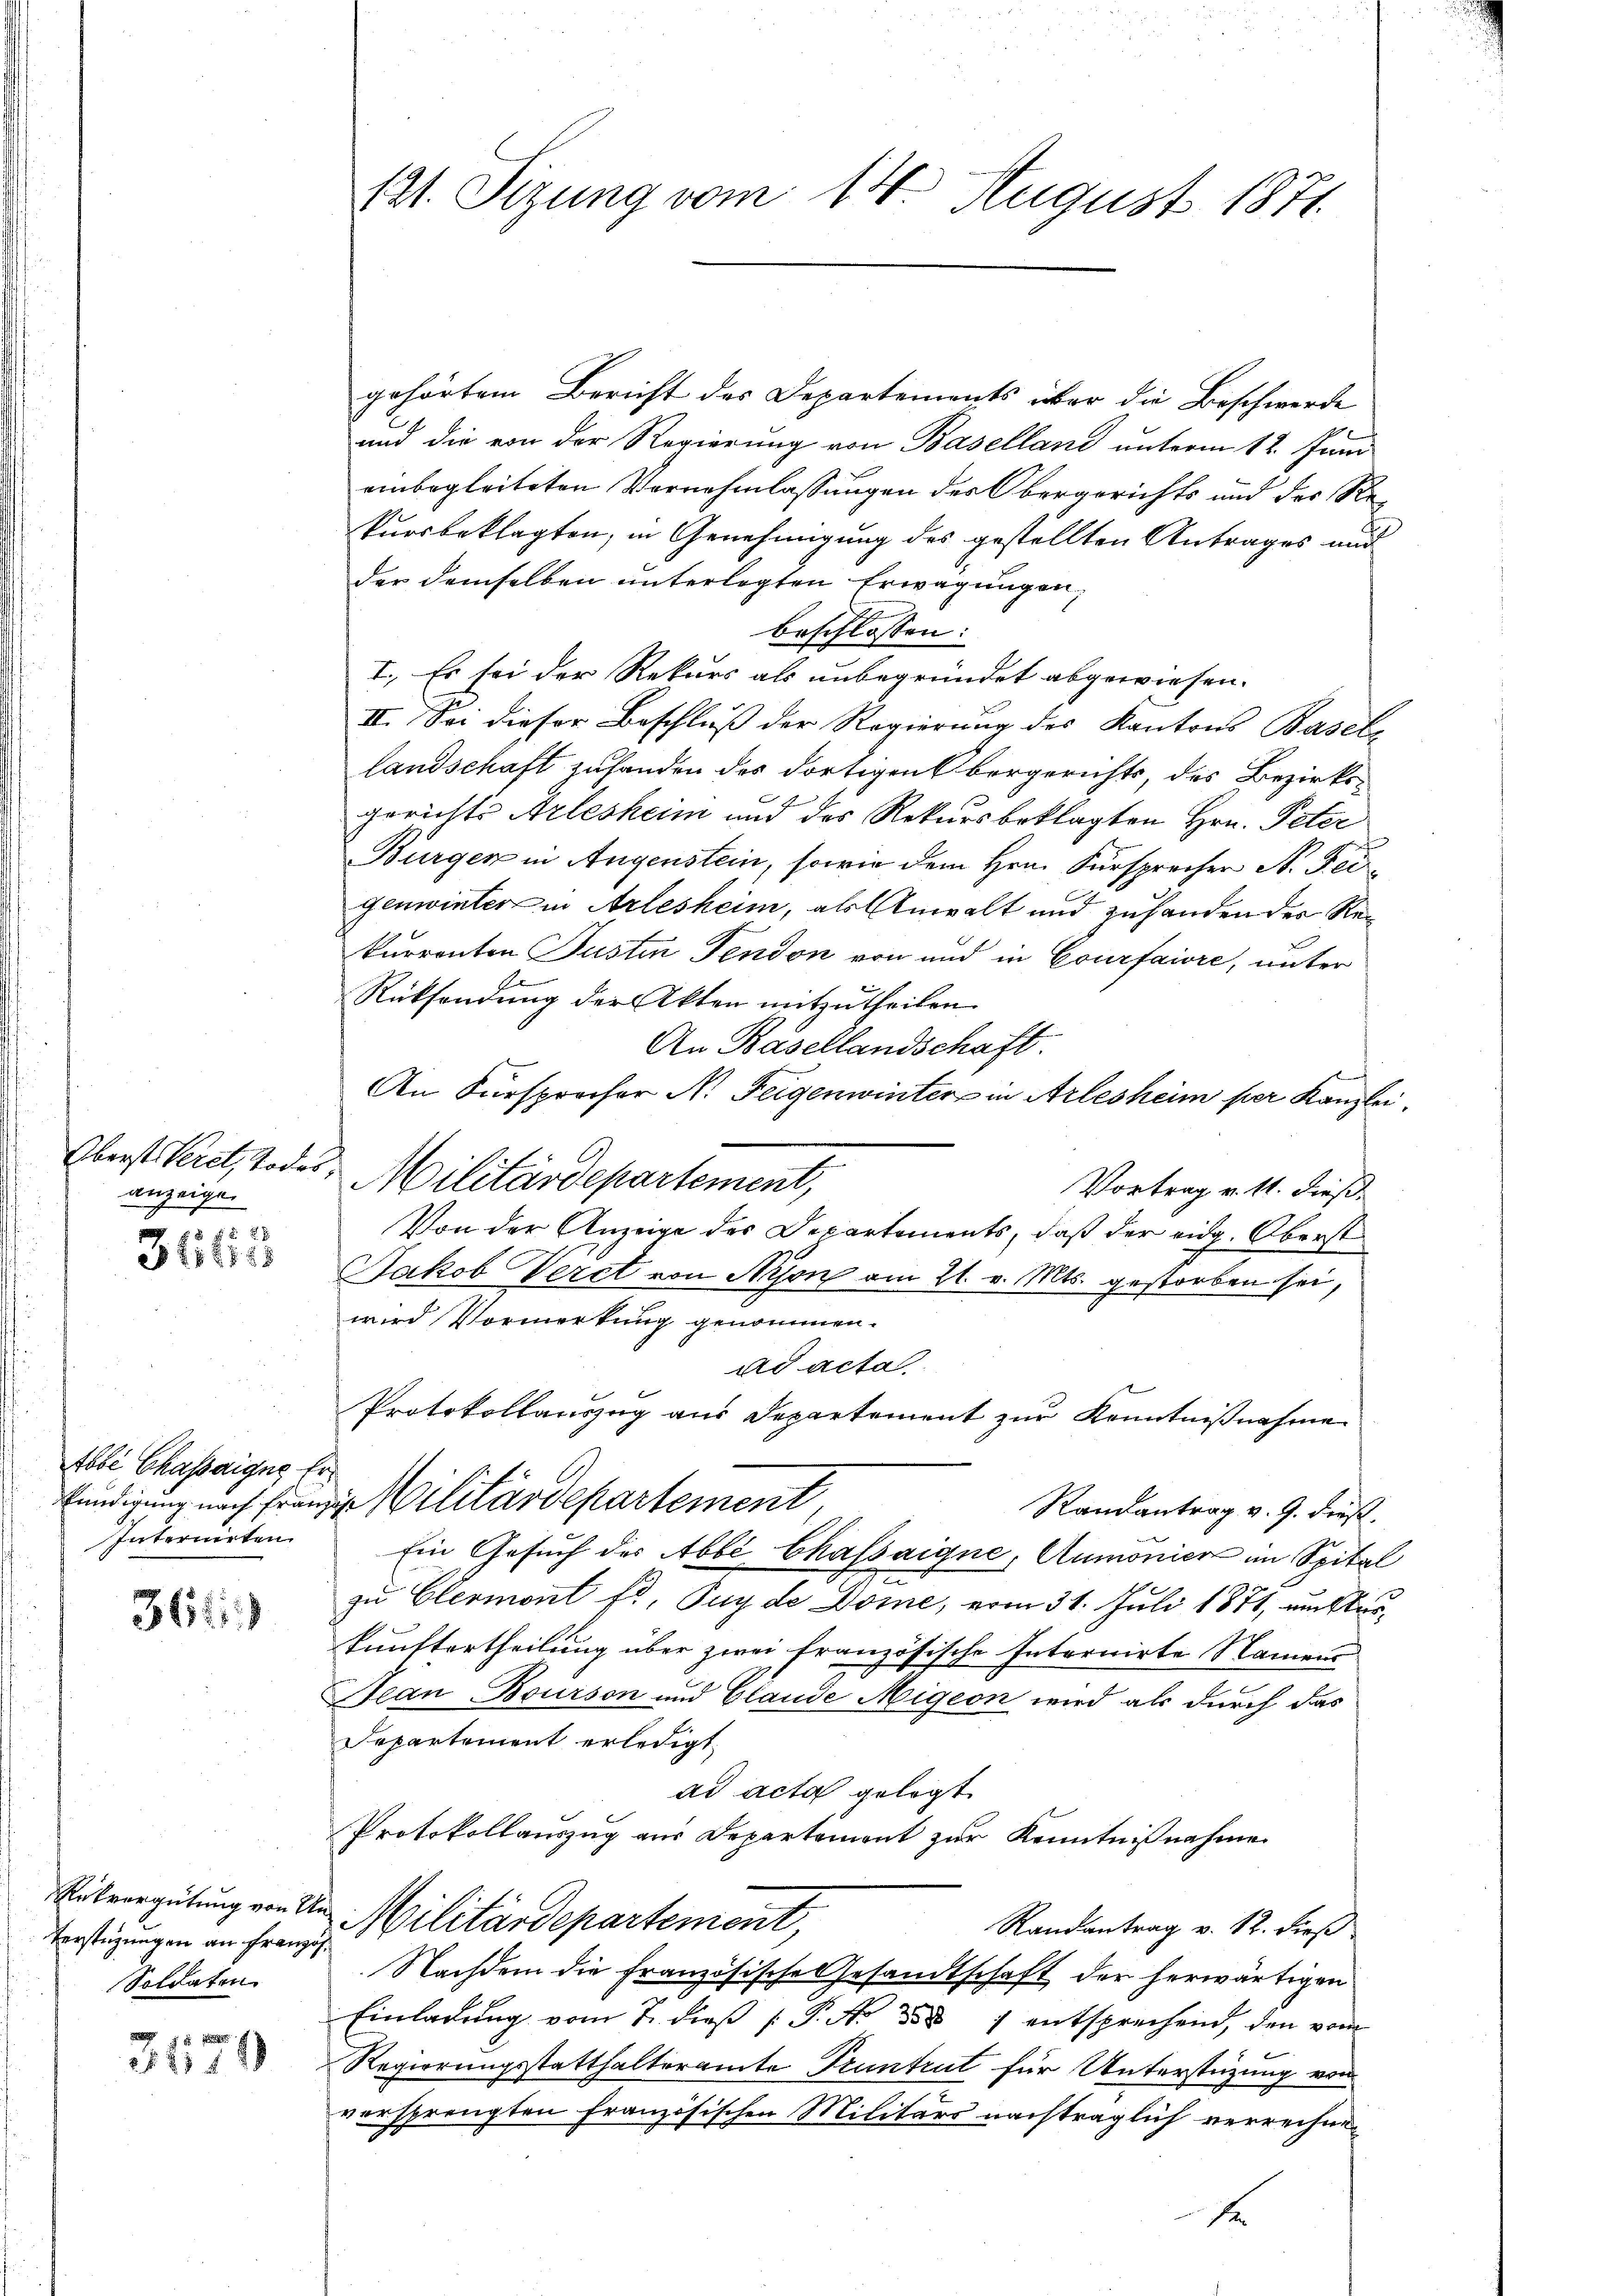
Oberst Veret, Todesanzeige.

312115

Abbe Chassaigne Er
Intermieten

361)

Rükvergütung von Un¬
Verstüzungen an Französ.
Soldaten.

81188

f
t

(1. Sizung vom 14 August 1871.

gehörtem Bericht des Departements über die Beschwerde
und die von der Regierung von Baselland unterm 12. Juni
einbegleiteten Vernehmlassungen des Obergerichts und der Rekursbeklagten, in Genehmigung des gestellten Antrages und
der demselben unterlegten Erwägungen,
beschlossen:
I. Es sei der Rekurs als unbegründet abgewiesen.
III. Sei dieser Beschluss der Regierung des Kantons Basels
landschaft zufanden des dortigen Obergerichts, des Bezirksgerichts Arlesheim und des Rekursbeklagten Hrn. Peter
Bürger in Augenstein, sowie dem Hrn. Fürsprecher A. Feigenwinter in Arlesheim, als Anwalt und zuhanden der Rekurrenten Justin Fendon von und in Courfaire, unter
Rücksendung der Akten mitzutheilen.
An Basellandschaft.
An Fürsprocher N. Feigenwinter in Arlesheim per Kanzlei
Militärdepartement,
Vortrag v. 11. dieß.
Von der Anzeige des Departements, daß der eidg. Oberst
Jakob Veret von Nison am 21. v. Mts. gestorben sei,
wird Vormerkung genommen.
ad acta
Protokollauszug aus Departement zur Kenntnißnahme
fündigung nach franzig Militärdepartement
Randantrag v. J. dieß.
Ein Gesuch des Abbe Chassaigne, Aumonier im Spital
zu Clermont fr, Puy de Dome, vom 31. Juli 1871, am kurkunftertheilung über zwei französische Internirte Namens
Jean Bourson und Glande Migion wird als durch das
Departement erledigt.
ad acta gelegt
Protokollauszug aus Departemont zur Kenntnißnahme
Militärdepartement,
Randantrag v. 12. dieß
Nachdem die französische Gesandtschaft der herwärtigen
Einladŭng vom 7. dieβ [ P. No 858 7 entsprechend, den vom
Regierungsstatthalteramte Truntrut für Unterstüzung von
vorsprengten Französischen Militärs nachträglich verrechne¬

se